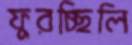
ফুরচ্ছিলি